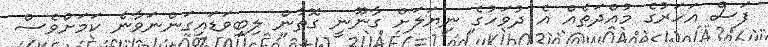
ފަސް އަހަރުގެ މުއްދަތެއް އެ ދުވަހުގެ ނިޔަލަށް ގާނޫނީ ގޮތުން ލިބިވަޑައިގަންނަވާނެ ކަމަށްވެސް